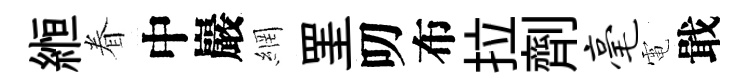
縆眷中巖網罣叨布拉劑毫電戢